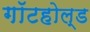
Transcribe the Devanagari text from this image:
गॉटहोल्ड